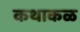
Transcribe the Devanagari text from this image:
कथाकळ